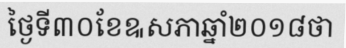
ថ្ងៃទី៣០ខែឩសភាឆ្នាំ២០១៨ថា